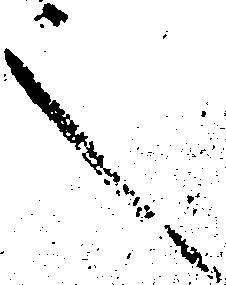
言